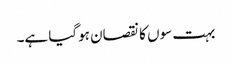
بہت سوں کا نقصان ہوگیا ہے۔